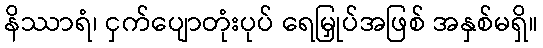
နိဿာရံ၊ ငှက်ပျောတုံးပုပ် ရေမြှုပ်အဖြစ် အနှစ်မရှိ။